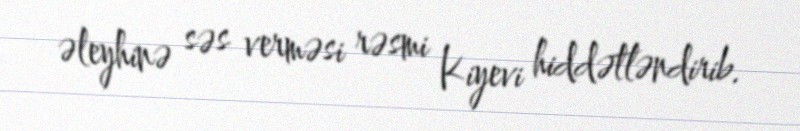
əleyhinə səs verməsi rəsmi Kiyevi hiddətləndirib.